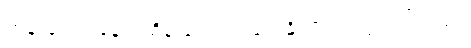
ကုန်းပေါ်ကနေပဲ ထိန်းကျောင်းပေးနိုင်ဖို့ ရည်ရွယ်ပါတယ်။